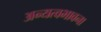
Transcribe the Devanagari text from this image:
अन्यत्वभावना